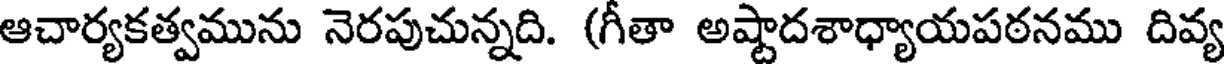
ఆచార్యకత్వమును నెరపుచున్నది. (గీతా అష్టాదశాధ్యాయపఠనము దివ్య